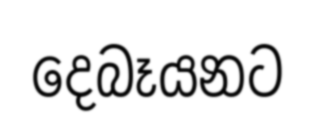
දෙබෑයනට